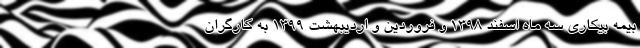
بیمه بیکاری سه ماه اسفند ۱۳۹۸ و فروردین و اردیبهشت ۱۳۹۹ به کارگران